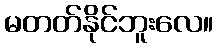
မတတ်နိုင်ဘူးလေ။